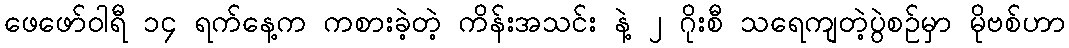
ဖေဖော်ဝါရီ ၁၄ ရက်နေ့က ကစားခဲ့တဲ့ ကိန်းအသင်း နဲ့ ၂ ဂိုးစီ သရေကျတဲ့ပွဲစဉ်မှာ မိုဗစ်ဟာ